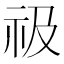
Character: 𥘜